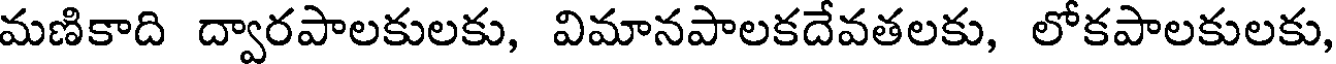
మణికాది ద్వారపాలకులకు, విమానపాలకదేవతలకు, లోకపాలకులకు,